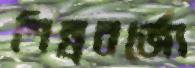
শিল্পবর্জ্যে